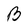
Character: B